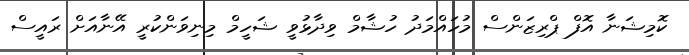
ކޮމިޝަނާ އޮފް ޕްރިޒަންސް މުހައްމަދު ހުޝާމް ވިދާޅުވީ ޝަހީމް މިނިވަންކުރީ އޭނާއަށް ރައީސް